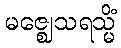
မဇ္ဈေသရသ္မိံ